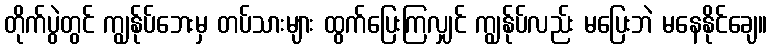
တိုက်ပွဲတွင် ကျွန်ုပ်ဘေးမှ တပ်သားများ ထွက်ပြေးကြလျှင် ကျွန်ုပ်လည်း မပြေးဘဲ မနေနိုင်ချေ။